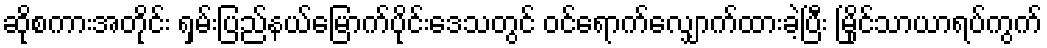
ဆိုစကားအတိုင်း ရှမ်းပြည်နယ်မြောက်ပိုင်းဒေသတွင် ဝင်ရောက်လျှောက်ထားခဲ့ပြီး မြိုင်သာယာရပ်ကွက်